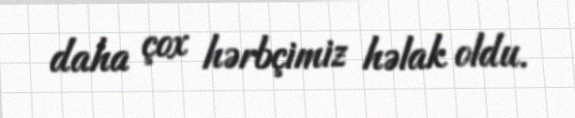
daha çox hərbçimiz həlak oldu.